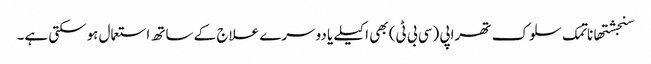
سنجشتھاناتمک سلوک تھراپی (سی بی ٹی) بھی اکیلے یا دوسرے علاج کے ساتھ استعمال ہوسکتی ہے۔